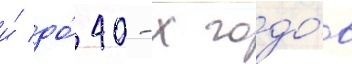
и́ до́ 40-х годо́в